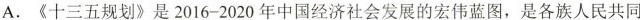
A.《十三五规划》是 2016-2020 年中国经济社会发展的宏伟蓝图，是各族人民共同